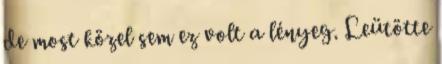
de most közel sem ez volt a lényeg. Leütötte